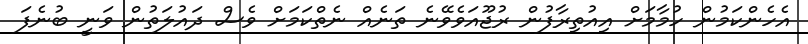
އެހެންކަމުން ހުމާމަށް އިއުތިރާފުން ރުޖޫއަވެވޭނެ ތަނެއް ނެތްކަމަށް ވެސް ދައުލަތުން ވަނީ ބުނެފަ